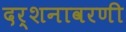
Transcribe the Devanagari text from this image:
दर्शनावरणी